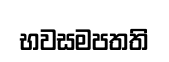
භවසමපතති